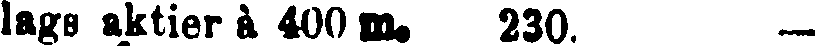
lags aktier à 400 m. 230. —